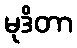
မုဒိတာ